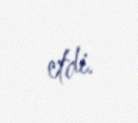
etdi.